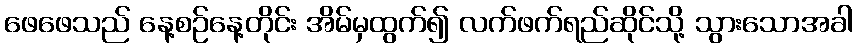
ဖေဖေသည် နေ့စဉ်နေ့တိုင်း အိမ်မှထွက်၍ လက်ဖက်ရည်ဆိုင်သို့ သွားသောအခါ